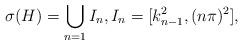
LaTeX: \begin{align*} \sigma(H)=\bigcup_{n=1}I_n,I_n=[k_{n-1}^2,(n\pi)^2],\end{align*}